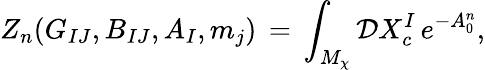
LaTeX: Z_{n}(G_{IJ},B_{IJ},A_{I},m_{j})\, =\, \int_{M_{\chi}}{\cal D}X_{c}^{I}\, e^{-A_{0}^{n}},